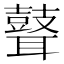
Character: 𦗺